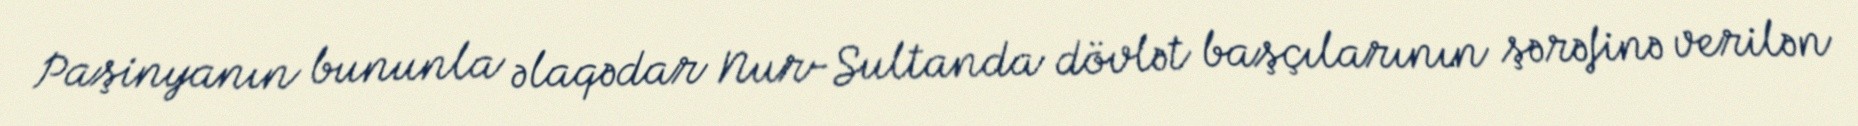
Paşinyanın bununla əlaqədar Nur-Sultanda dövlət başçılarının şərəfinə verilən